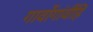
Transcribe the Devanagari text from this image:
गावोंगांवींहि